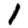
Digit: 1